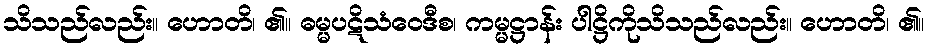
သိသည်လည်း။ ဟောတိ၊ ၏။ ဓမ္မပဋိသံဝေဒီစ၊ ကမ္မဋ္ဌာန်း ပါဋ္ဌိကိုသိသည်လည်း။ ဟောတိ၊ ၏။